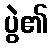
ပွဲ၏